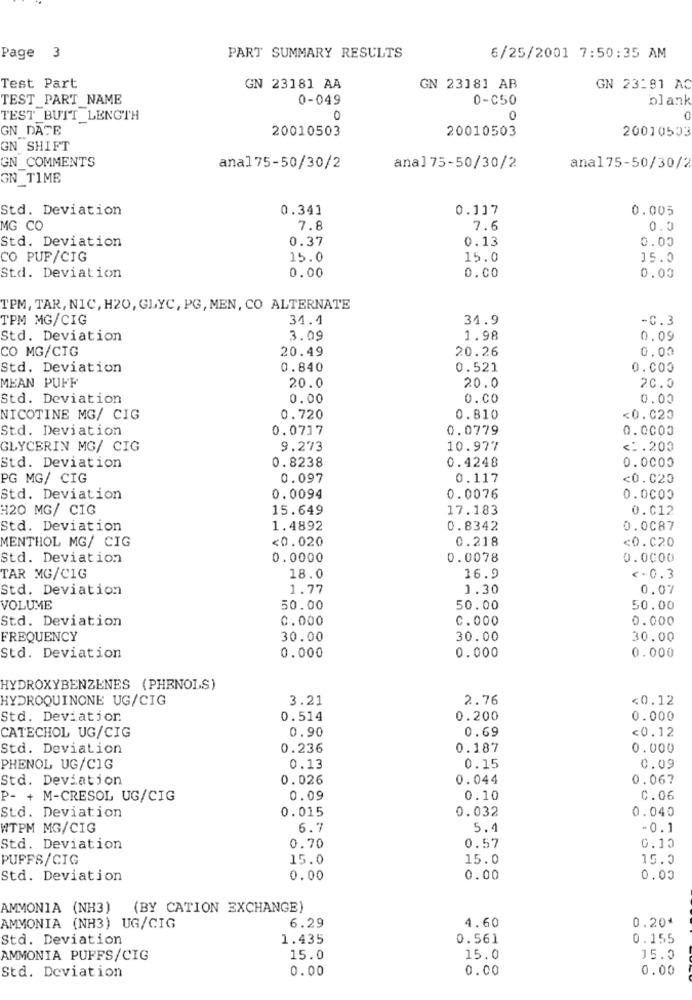
Page
3
PART SUMMARY RESULTS
6/25/2001 7:50:35 AM
Test Part
GN 23181 AA
GN 2318] AB
GN 23191 AC
TEST PART NAME
0-049
0-C50
blank
TEST BUIT LENGTH
O
GN DATE
20010503
20010503
20010503
GN SHIFT
GN COMMENTS
ana175-50/30/2
anal75-50/30/2
ana175-50/30/2
GN TIME
Std. Deviation
0.341
0.117
0.005
MG CO
7.8
7.6
0.0
Std. Deviation
0.37
0.13
0.00
CO PUF/CIG
15.0
15.0
15.0
0.00
Std. Deviation
0.00
0.00
TPM, TAR, NIC, H20, GLYC, PG, MEN, CO ALTERNATE
TPM MG/CIG
34.4
34.9
-C.3
Std. Deviation
3.09
1.98
0.09
CO MG/CIG
20.49
20.26
0.00
Std. Deviation
0.840
0.521
0.000
MEAN PUFF
20.0
20. 0
20.0
Std. Deviation
0.00
0.00
0.00
NICOTINE MG/ CIG
0.720
0.810
<0.020
Std. Deviation
0.0717
0.0779
0.0000
GLYCERIN MG/ CIG
9.273
10.977
<1.200
0.8238
0.4248
0.0000
Std. Deviation
PG MG/ CIG
0.097
0.117
<0.020
Std. Deviation
0.0094
0.0076
0.0000
#20 MG/ CIG
15.649
17.183
0.012
Std. Deviation
1.4892
0.8342
0.0087
MENTHOL MG/ CIG
<0.020
0.218
<0.020
Std. Deviation
0.0000
0.0078
0.0000
TAR MG/CIG
18.0
16.9
<- 0.3
Std. Deviation
1.77
1.30
0.07
VOLUME
50.00
50.00
50.00
Std. Deviation
0.000
C.000
0.000
FREQUENCY
30.00
30.00
30.00
Std. Deviation
0.000
0.000
0.000
HYDROXYBENZENES (PHENOLS)
HYDROQUINONE UG/CIG
3.21
2.76
<0.12
Std. Deviation
0.514
0.200
0.000
0.90
0.69
<0.12
CATECHOL UG/CIG
Std. Deviation
0.236
0.187
0.000
PHENOL UG/CIG
0.13
0.15
0.09
Std. Deviation
0.026
0.044
0.067
P- + M-CRESOL UG/CIG
0.09
0.10
C.06
Std. Deviation
0.015
0.032
0.040
WTPM MG/CIG
6.7
5.1
-0.1
0.57
0. 10
Std. Deviation
0.70
PUFFS/CIG
15.0
15.0
15.0
Std. Deviation
0.00
0.00
0.00
AMMONIA (NH3)
(BY CATION EXCHANGE)
6.29
4.60
0.20*
AMMONIA (NH3) UG/CIG
Std. Deviation
1.435
0.561
0.155
AMMONIA PUFFS/CIG
15.0
15.0
15.0
0.00
0.00
0.00
Std. Deviation